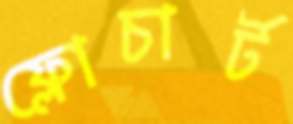
ফ্লোচার্ট